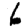
Digit: 6